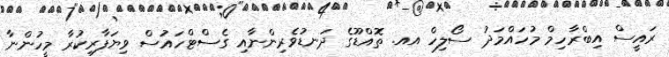
ރައީސް އިބްރާހިމް މުހައްމަދު ސޯލިހް އއ. ތޮއްޑޫގެ ދަނޑުވެރިންނާއި ގެސްޓްހައުސް ވިޔަފާރިކުރާ މީހުންނާ